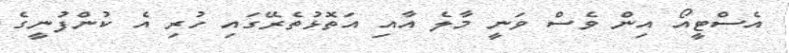
އެސްޓީއޯ އިން ވެސް ވަނީ މާލެ އާއި އަތޮޅުތެރޭގައި ހުރި އެ ކުންފުނީގެ